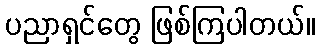
ပညာရှင်တွေ ဖြစ်ကြပါတယ်။